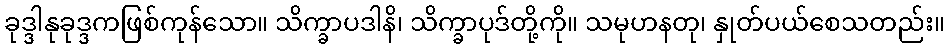
ခုဒ္ဒါနုခုဒ္ဒကဖြစ်ကုန်သော။ သိက္ခာပဒါနိ၊ သိက္ခာပုဒ်တို့ကို။ သမုဟနတု၊ နှုတ်ပယ်စေသတည်း။